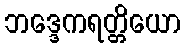
ဘဒ္ဒေကရတ္တိယော